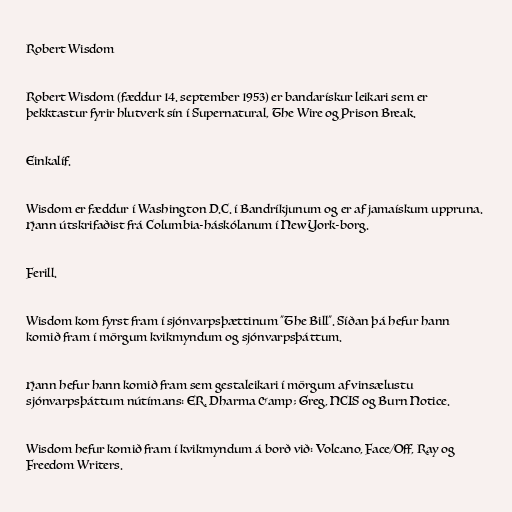
Robert Wisdom

Robert Wisdom (fæddur 14. september 1953) er bandarískur leikari sem er
þekktastur fyrir hlutverk sín í Supernatural, The Wire og Prison Break.

Einkalíf.

Wisdom er fæddur í Washington D.C. í Bandríkjunum og er af jamaískum uppruna.
Hann útskrifaðist frá Columbia-háskólanum í New York-borg.

Ferill.

Wisdom kom fyrst fram í sjónvarpsþættinum "The Bill". Síðan þá hefur hann
komið fram í mörgum kvikmyndum og sjónvarpsþáttum.

Hann hefur hann komið fram sem gestaleikari í mörgum af vinsælustu
sjónvarpsþáttum nútímans: ER, Dharma &amp; Greg, NCIS og Burn Notice.

Wisdom hefur komið fram í kvikmyndum á borð við: Volcano, Face/Off, Ray og
Freedom Writers.